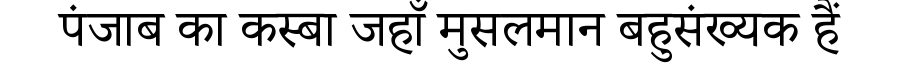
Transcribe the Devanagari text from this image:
पंजाब का कस्बा जहाँ मुसलमान बहुसंख्यक हैं